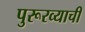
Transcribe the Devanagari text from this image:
पुरूरव्याची